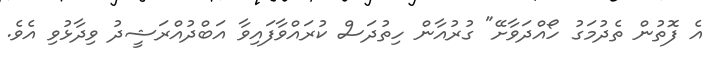
އެ ފޮތުން ތެދުމަގު ހޯއްދަވާށޭ" ގުރުއާން ހިތުދަސް ކުރައްވާފައިވާ އަބްދުއްރަޝީދު ވިދާޅުވި އެވެ.